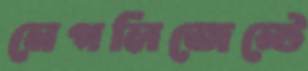
নেগলিজেন্টে